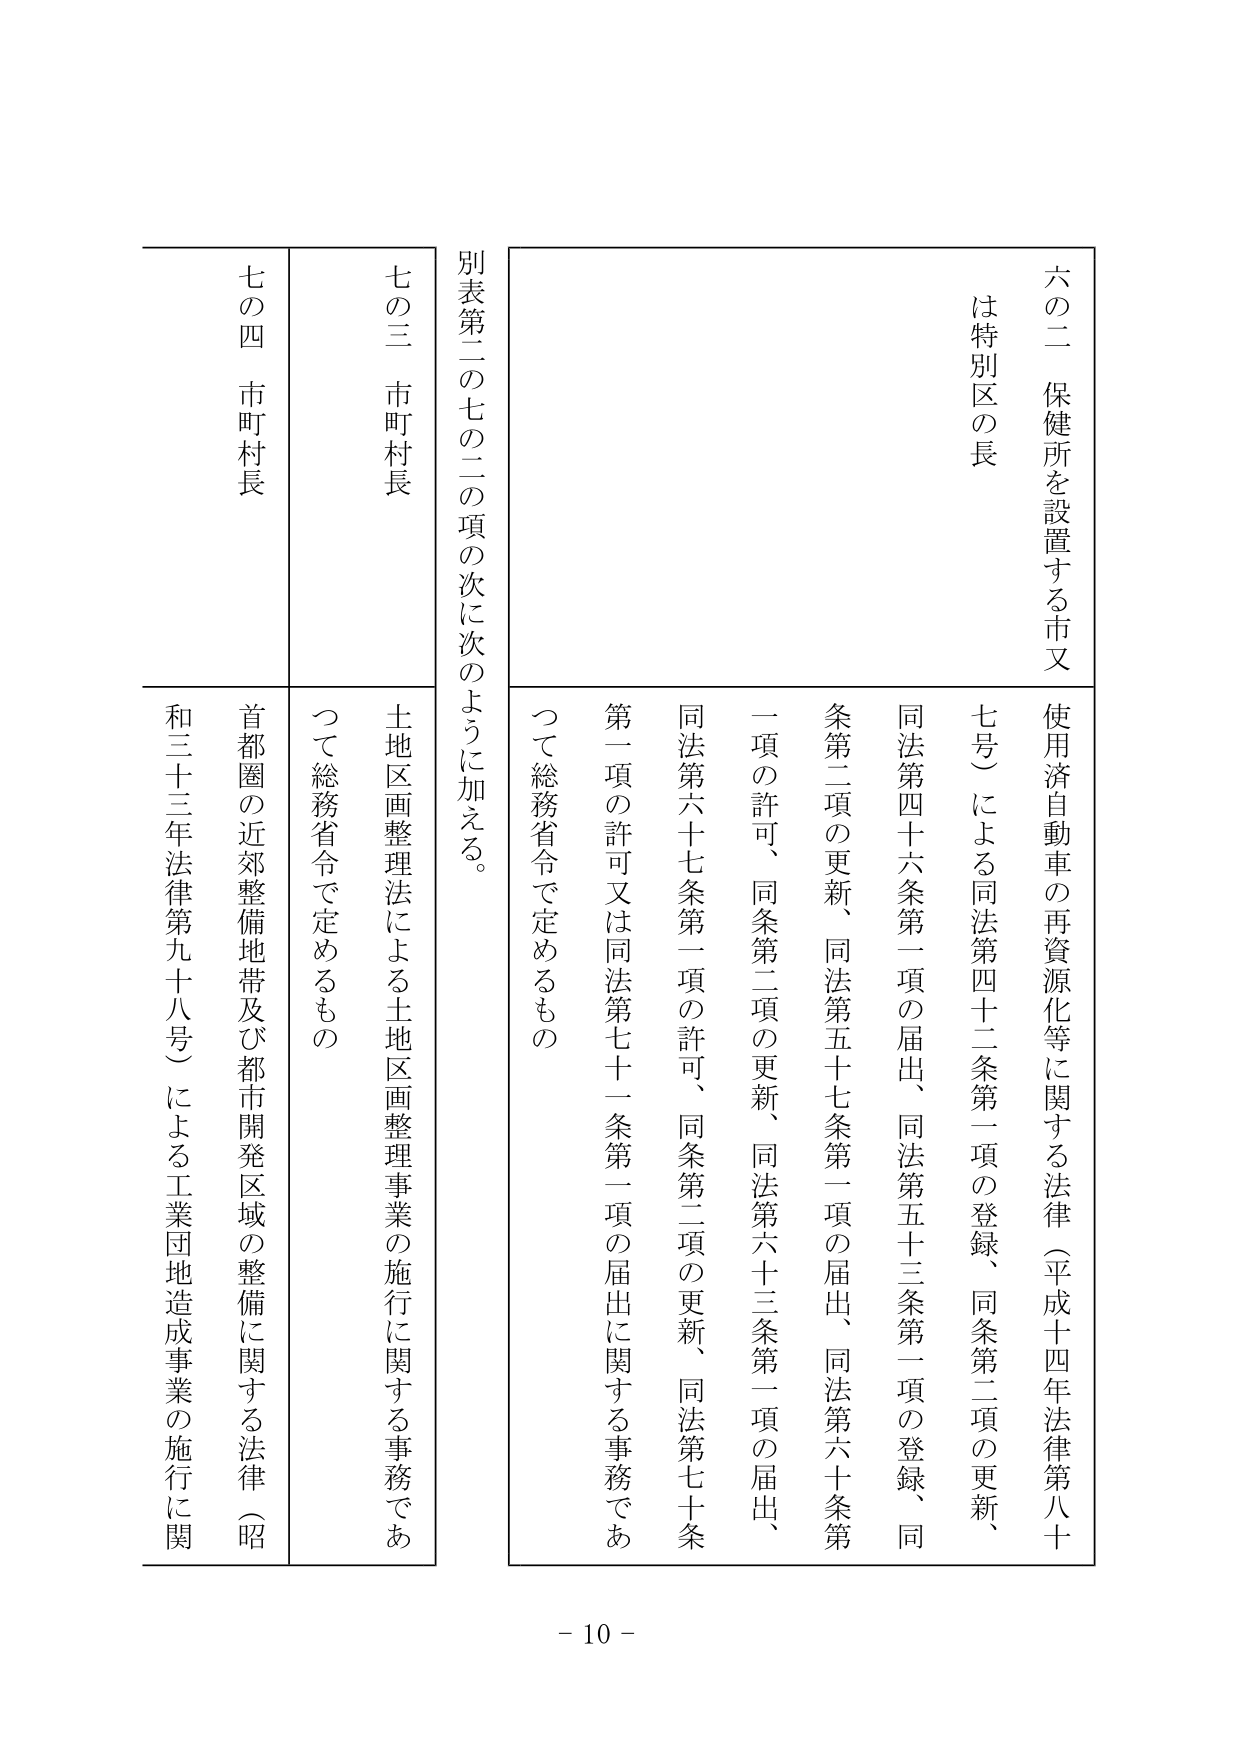
六の二 保健所を設置する市又は特別区の長

使用済自動車の再資源化等に関する法律（平成十四年法律第八十七号）による同法第四十二条第一項の登録、同条第二項の更新、同法第四十六条第一項の届出、同法第五十三条第一項の登録、同条第二項の更新、同法第五十七条第一項の届出、同法第六十条第一項の許可、同条第二項の更新、同法第六十三条第一項の届出、同法第六十七条第一項の許可、同条第二項の更新、同法第七十条第一項の許可又は同法第七十一条第一項の届出に関する事務であつて総務省令で定めるもの

別表第二の七の二の項の次に次のように加える。

七の三 市町村長
土地区画整理法による土地区画整理事業の施行に関する事務であつて総務省令で定めるもの

七の四 市町村長
首都圏の近郊整備地帯及び都市開発区域の整備に関する法律（昭和三十三年法律第九十八号）による工業団地造成事業の施行に関

- 10 -